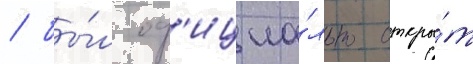
/ бы́л оф'ициа́льно откры́т